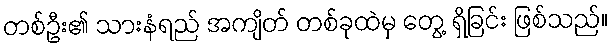
တစ်ဦး၏ သားနံရည် အကျိတ် တစ်ခုထဲမှ တွေ့ ရှိခြင်း ဖြစ်သည်။